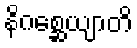
နိဂစ္ဆေယျာတိ